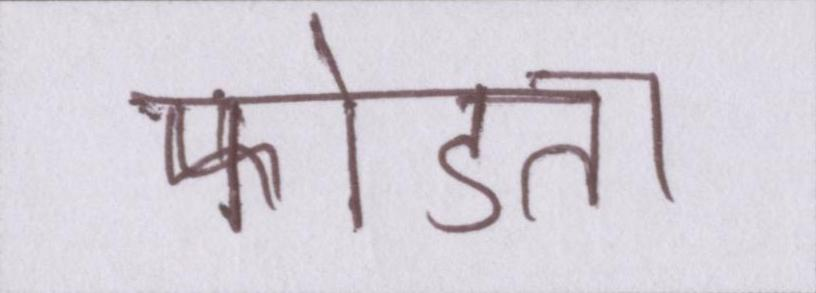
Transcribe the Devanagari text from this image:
फोडता